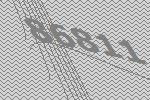
86811